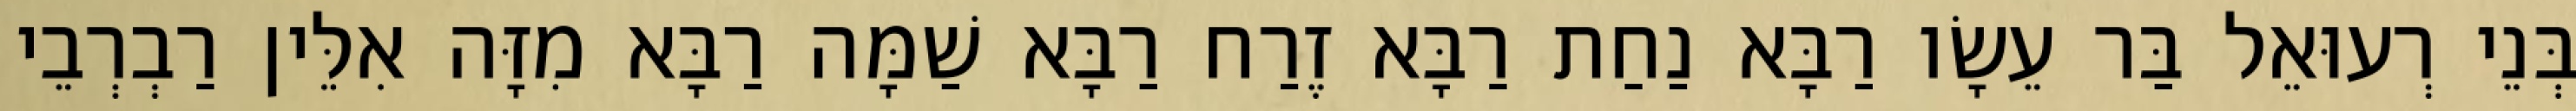
בְּנֵי רְעוּאֵל בַּר עֵשָׂו רַבָּא נַחַת רַבָּא זֶרַח רַבָּא שַׁמָּה רַבָּא מִזָּה אִלֵּין רַבְרְבֵי